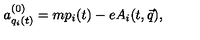
a _ { q _ { i } ( t ) } ^ { ( 0 ) } = m p _ { i } ( t ) - e A _ { i } ( t , \vec { q } ) ,